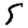
Digit: 5